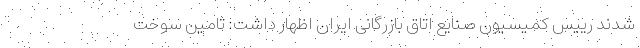
شدند رییس کمیسیون صنایع اتاق بازرگانی ایران اظهار داشت: تامین سوخت